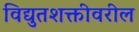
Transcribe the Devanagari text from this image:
विद्युतशक्तीवरील